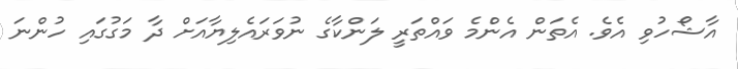
އާޝޯހުވި އެވެ. އެތަން އެންމެ ވައްތަރީ ލަންކާގެ ނުވަރައެލިޔާއަށް ދާ މަގުގައި ހުންނަ